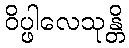
ဝိပ္ဖါလေသုန္တိ